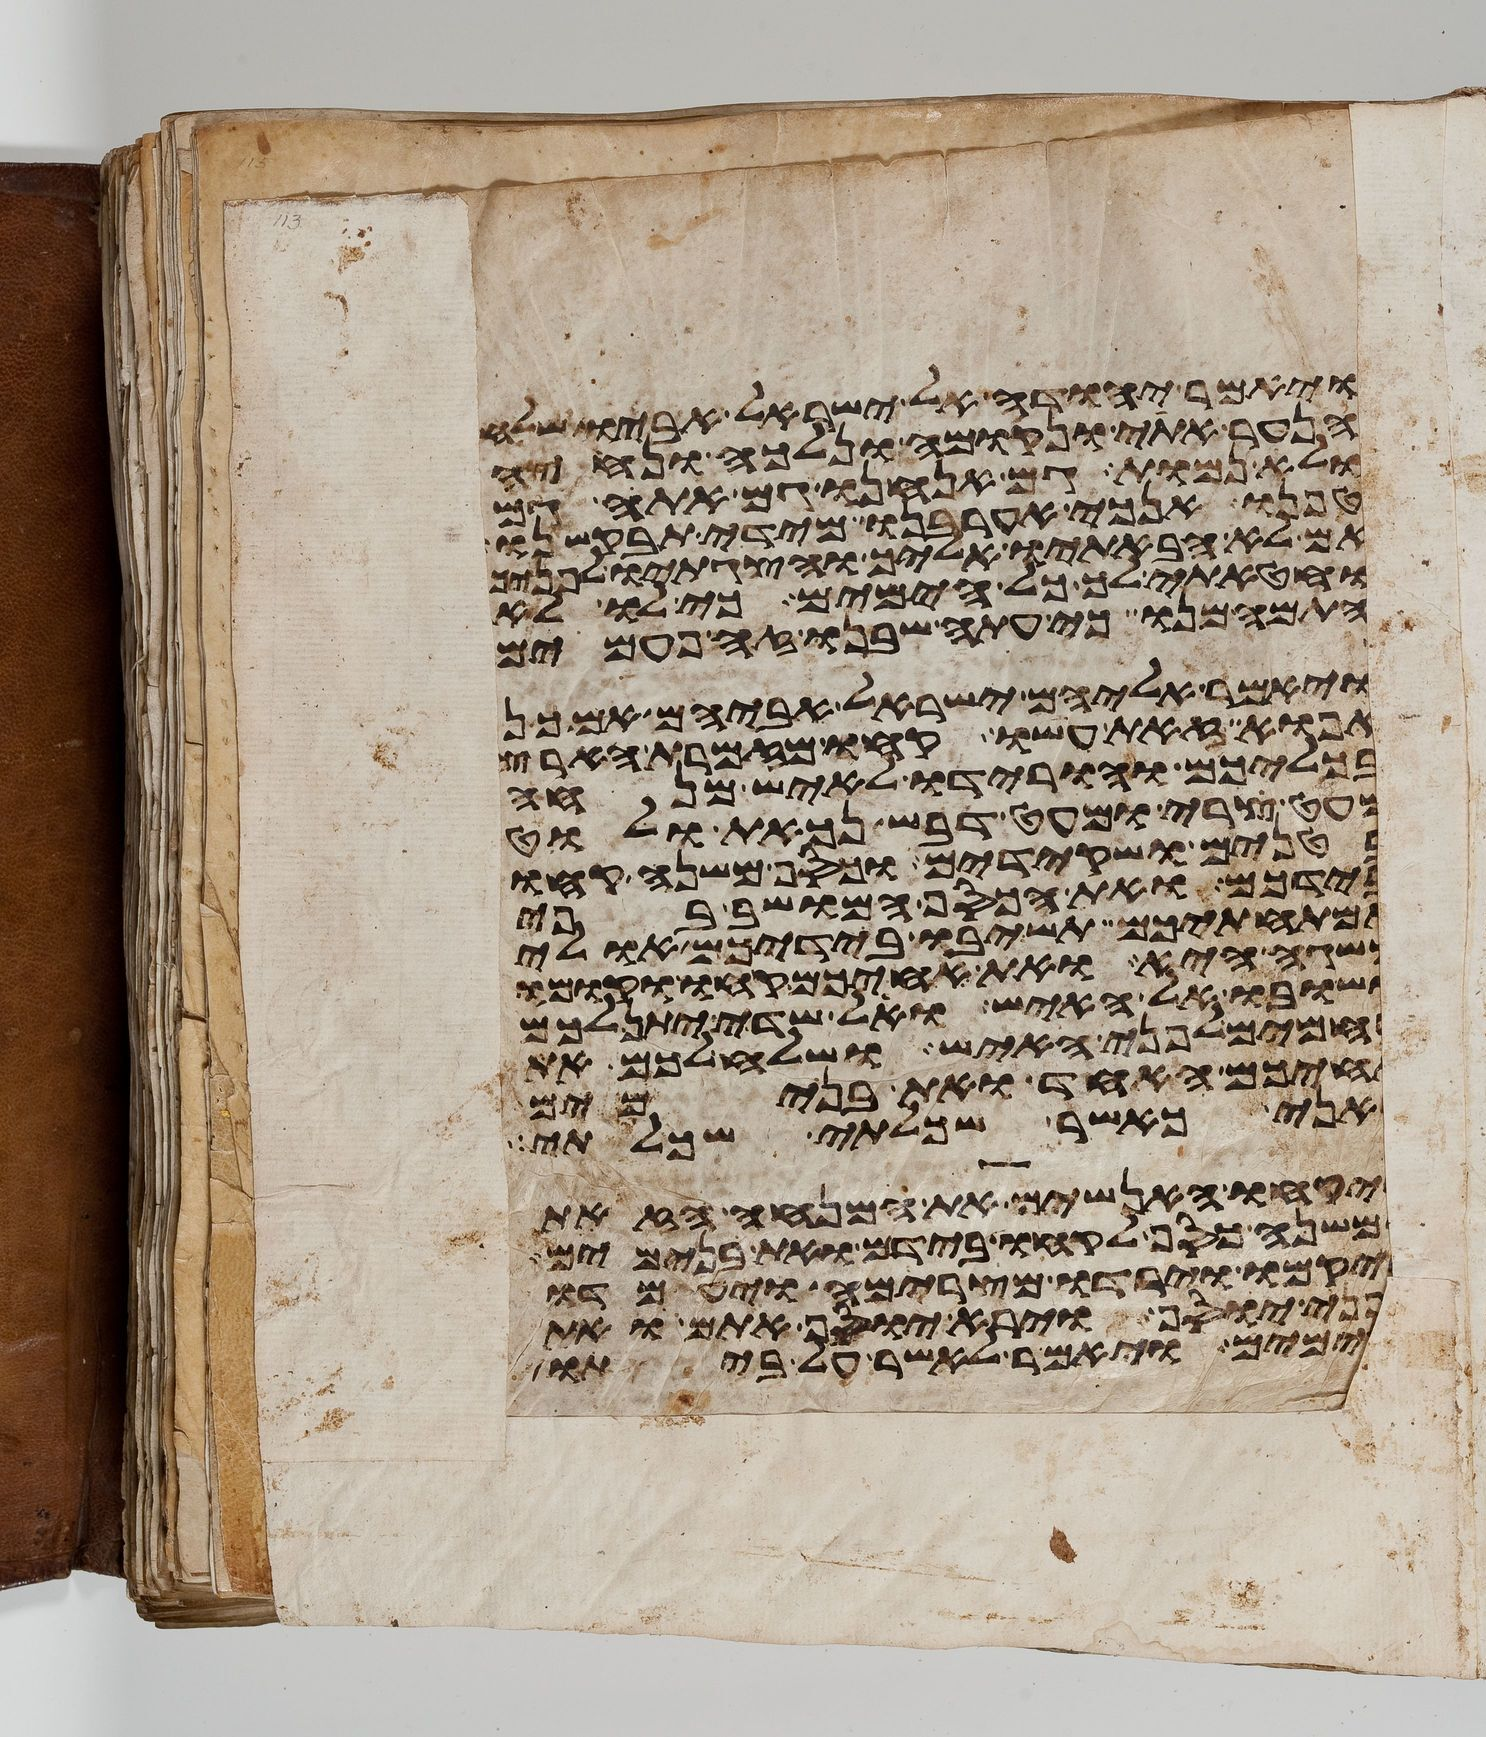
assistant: ויאמר יהודה אל ישראל אביו שלח
הנער אתי ונקומה ונלכה ונחיה
ולא נמות גם אנחנו גם אתה גם
טפנו אנכי אערבנו מידי תבקשנו
אם לא הבאתיו אליך והצגתיו לפניך
וחטאתי לך כל הימים כי לו לא
התמהמנו כי עתה שבנו זה פעמים
ויאמר אליהם ישראל אביהם אם כן
אפוא זאת עשו קחו מזמרת הארץ
בכליכם והורידו לאיש מנחה
מעט צרי ומעט דבש נכאת ולוט
בטנים ושקידים וכסף משנה קחו
בידכם ואת הכסף המושב בפי
אמתחתיכם תשיבו בידיכם אולי
משגה היא ואת אחיכם קחו וקומו
ושובו אל האיש ואל שדי יתן לכם
רחמים לפני האיש ושלח לכם את
אחיכם האחד ואת בנימים
ואני כאשר שכלתי שכלתי
ויקחו האנשים את המנחה הזאת
ומשנה כסף לקחו בידם ואת בנימים
ויקמו וירדו מצרימה ויעמדו
לפני יוסף וירא יוסף אתם ואת
בנימים ויאמר לאשר על ביתו